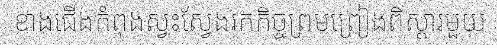
ខាងជើងកំពុងស្វះស្វែងរកកិច្ចព្រមព្រៀងពិស្តារមួយ